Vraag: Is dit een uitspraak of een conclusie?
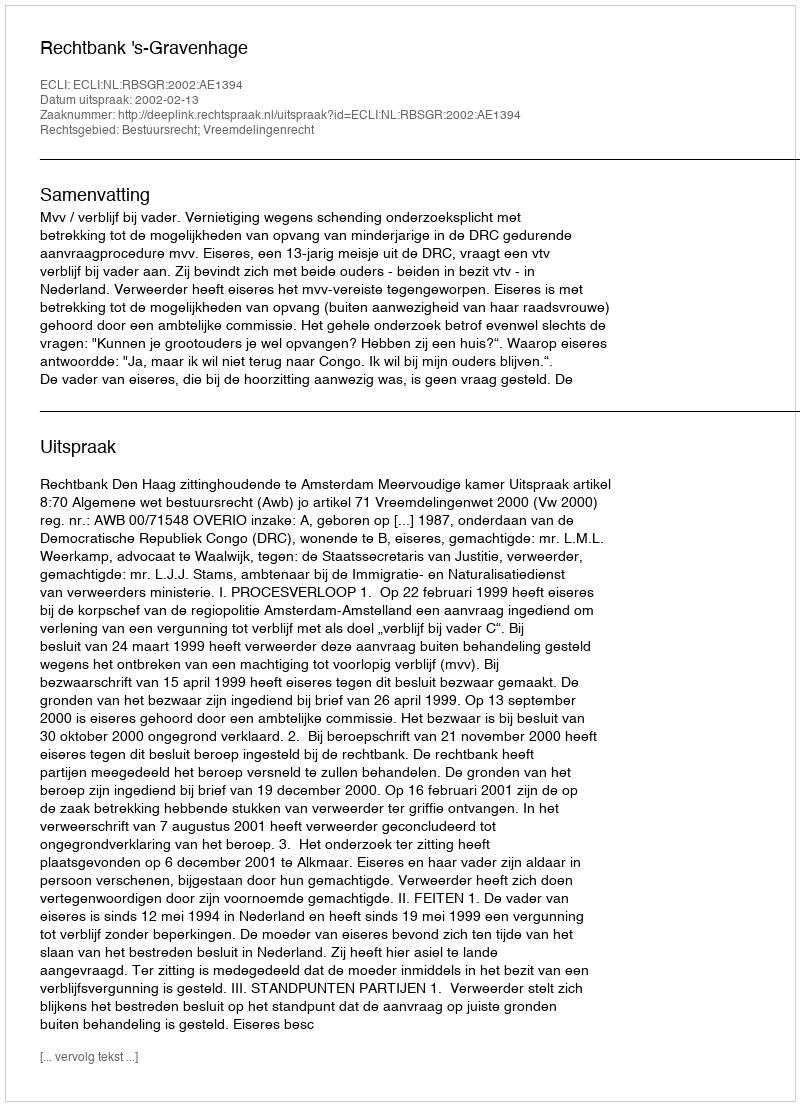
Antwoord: Uitspraak